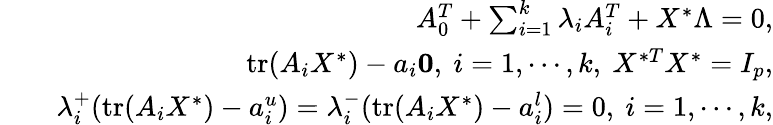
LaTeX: \begin{array}{rlr}&{}&{A_{0}^{T}+\sum_{i=1}^{k}\lambda_{i}A_{i}^{T}+X^{*}\Lambda=0,}\\ &{}&{\mathrm{tr}(A_{i}X^{*})-a_{i}\le 0,\ i=1,\cdots,k,\ X^{*T}X^{*}=I_{p},}\\ &{}&{\lambda_{i}^{+}(\mathrm{tr}(A_{i}X^{*})-a_{i}^{u})=\lambda_{i}^{-}(\mathrm{tr}(A_{i}X^{*})-a_{i}^{l})=0,\ i=1,\cdots,k,}\end{array}